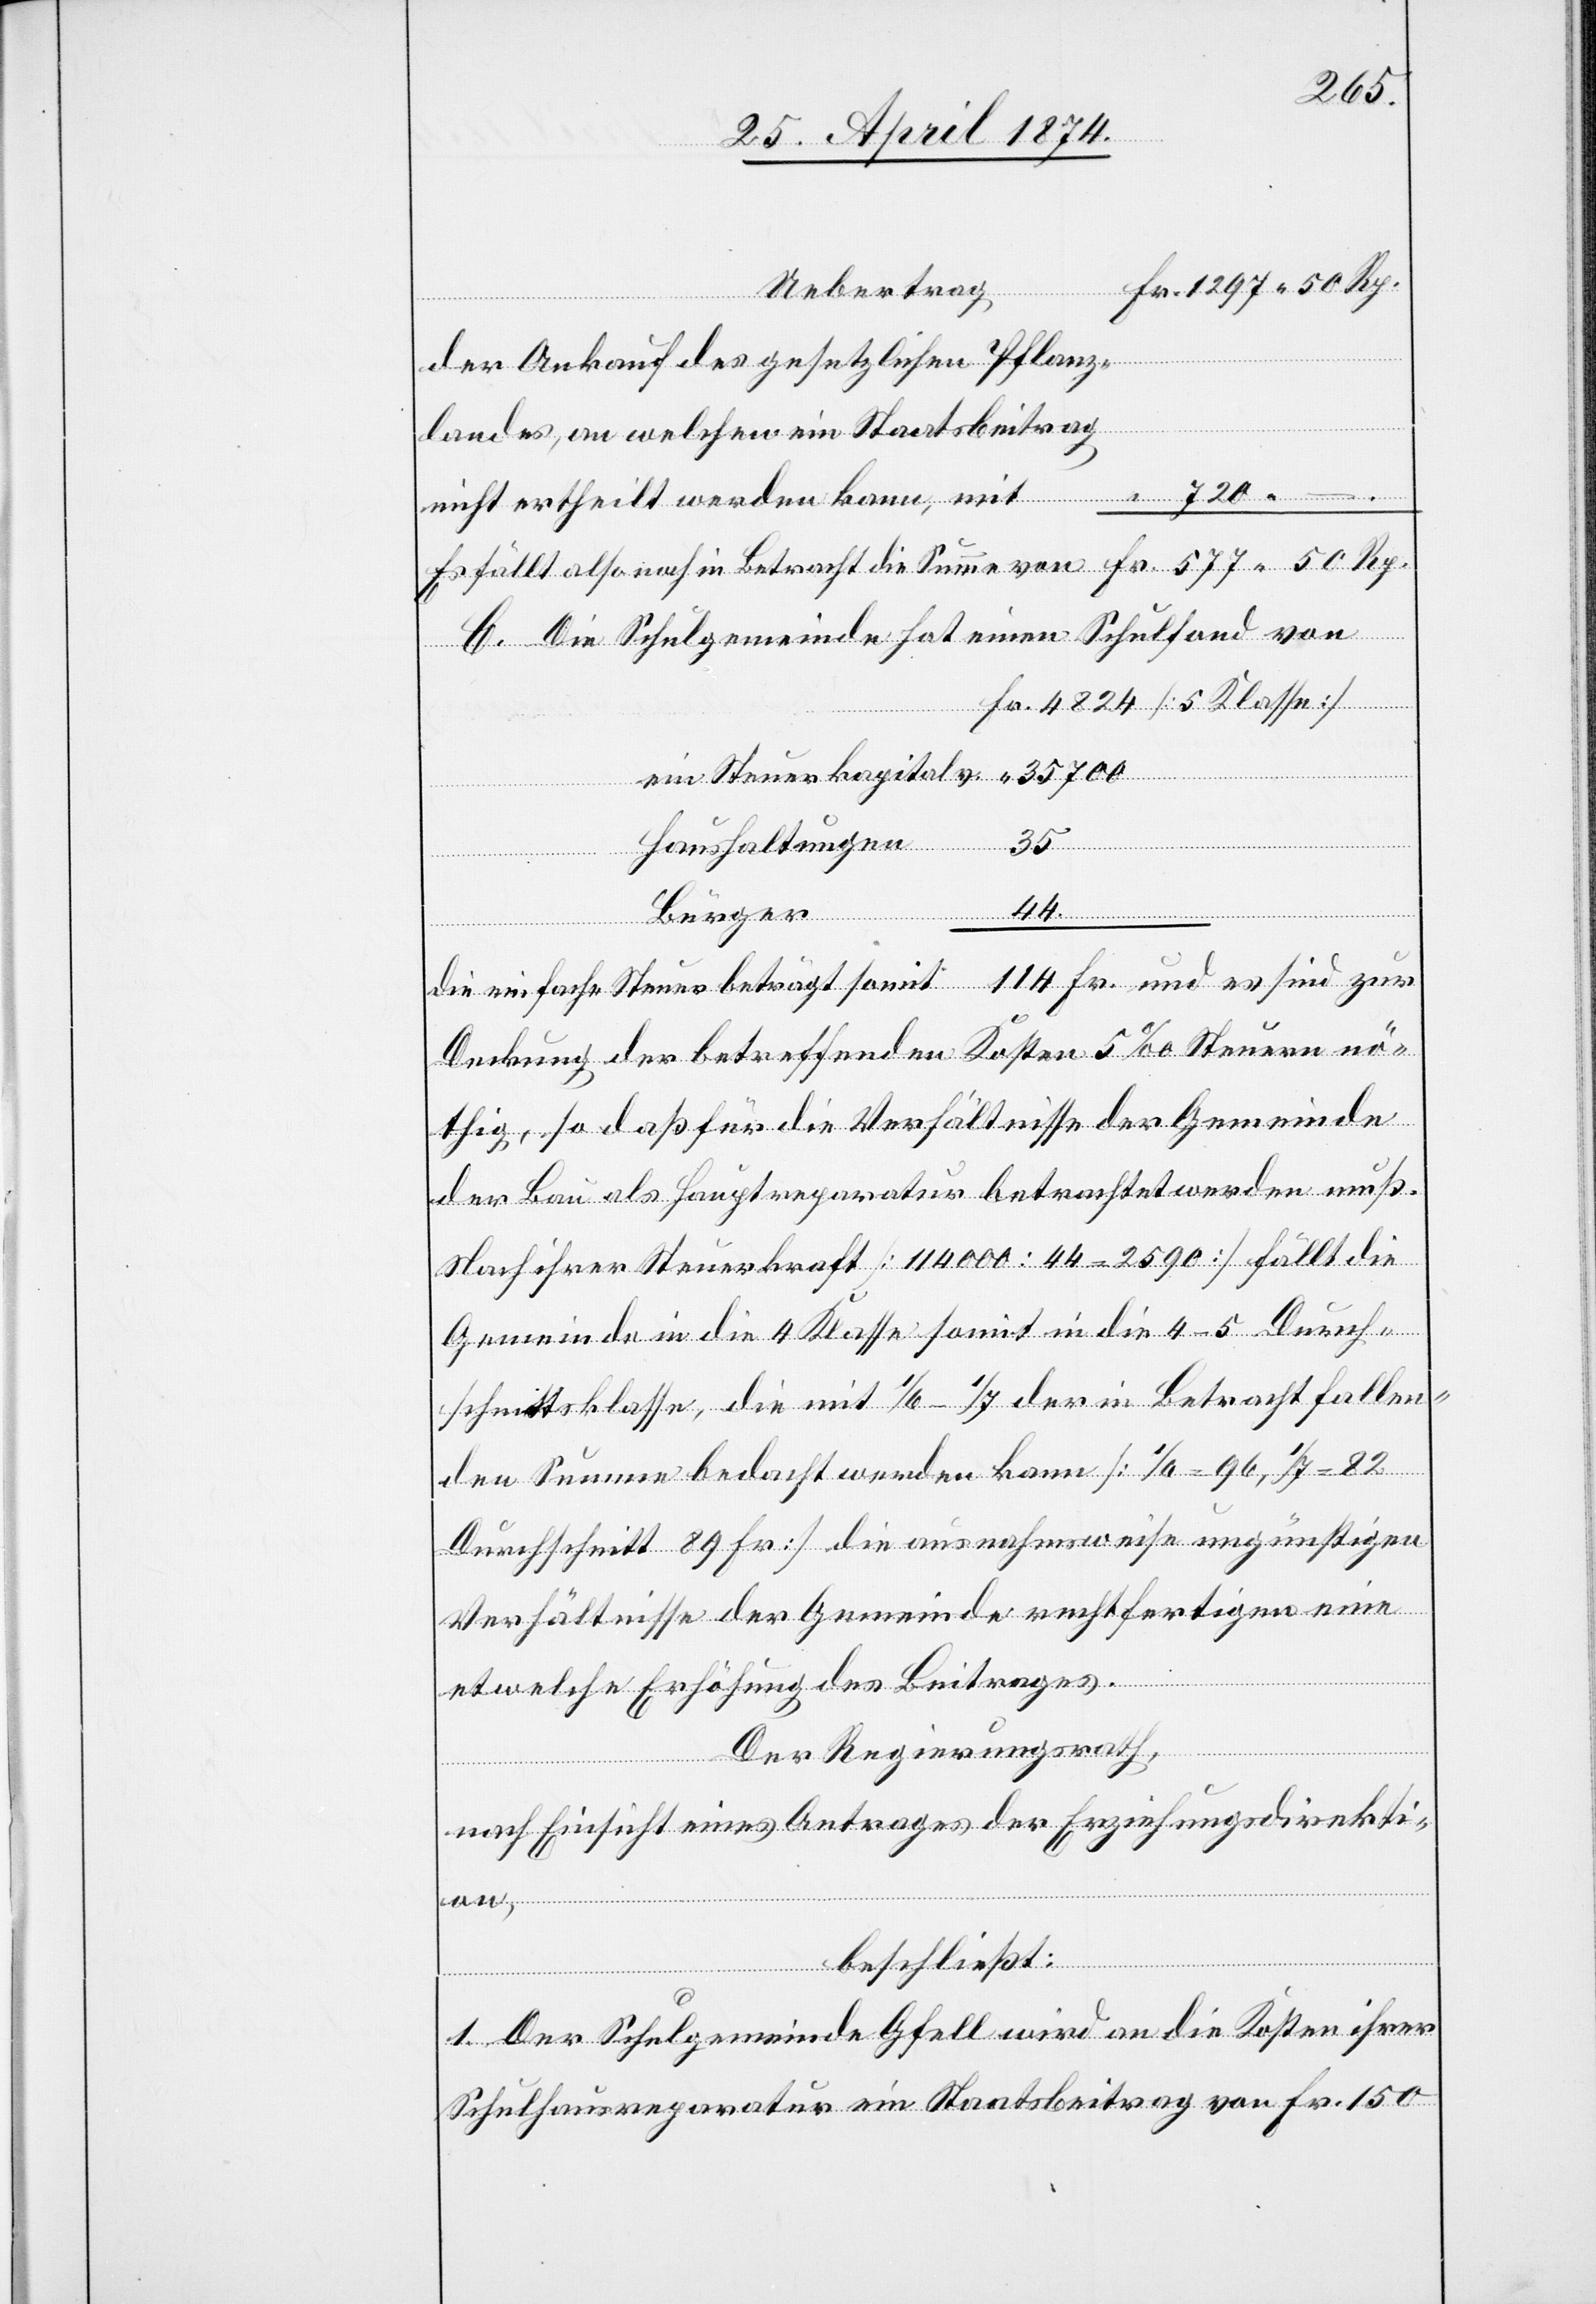
der Ankauf des gesetzlichen Pflanz¬
landes, an welchen ein Staatsbeitrag
nicht ertheilt werden kann, mit
Es fällt also noch in Betracht die Summe von Fr. 577.50 Rp.
C. Die Schulgemeinde hat einen Schulfond von
Fr. 4824 [5. Klasse]
ein Steuerkapital v. 	 “ 35 700
Rp.
Haushaltungen
35
44
die einfache Steuer beträgt somit 		 114 Fr. und es sind zur
Deckung der betreffenden Kosten 5‰ Steuern nö¬
thig, so daß für die Verhältnisse der Gemeinde
der Bau als Hauptreparatur betrachtet werden muß.
Nach ihrer Steuerkraft [114‘000:44 = 2590] fällt die
Gemeinde in die 4. Klasse somit in die 4–5 Durch¬
schnittsklasse, die mit 1/6–1/7 der in Betracht fallen¬
den Summe bedacht werden kann [1/6 = 96, 1/7 = 82
Durchschnitt 89 Fr.] die ausnahmsweise ungünstigen
Verhältnisse der Gemeinde rechtfertigen eine
etwelche Erhöhung des Beitrages.
Der Regierungsrath,
nach Einsicht eines Antrages der Erziehungsdirekti¬
on,
beschließt:
1. Der Schulgemeinde Gfell wird an die Kosten ihrer
Schulhausreparatur ein Staatsbeitrag von Fr. 150